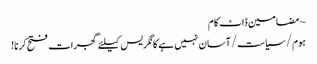
~ مضامین ڈاٹ کام
ہوم/سیاست/آسان نہیں ہے کانگریس کیلئے گجرات فتح کرنا!